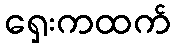
ရှေးကထက်